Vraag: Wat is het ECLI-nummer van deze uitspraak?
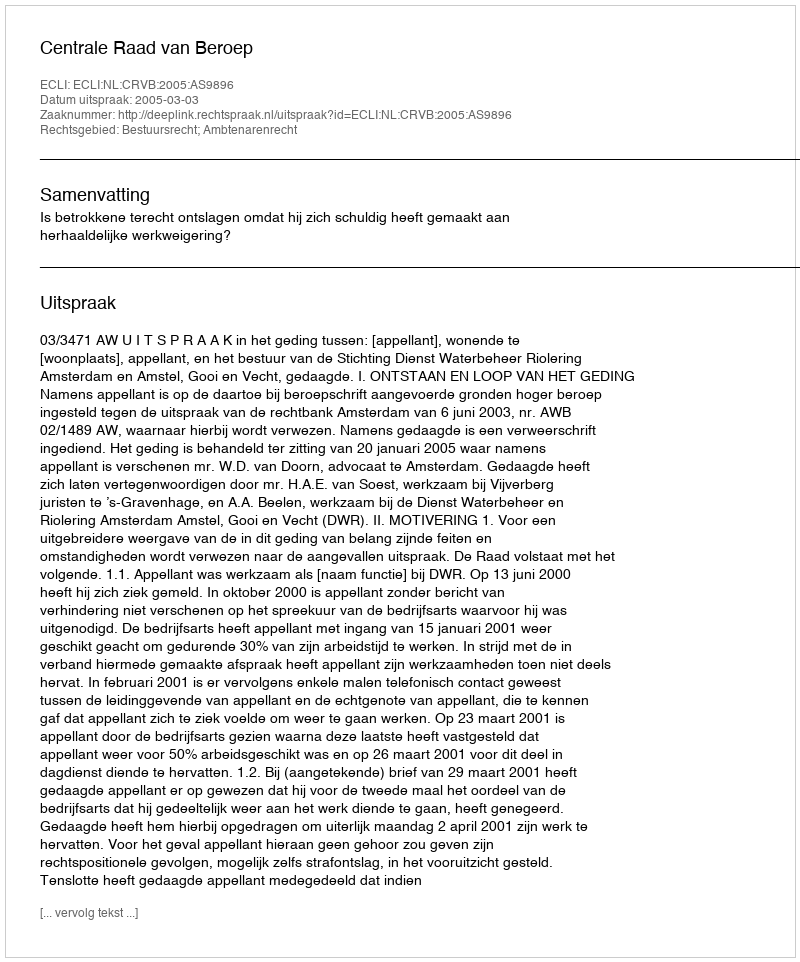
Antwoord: ECLI:NL:CRVB:2005:AS9896